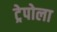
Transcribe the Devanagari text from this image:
ट्रेपोला